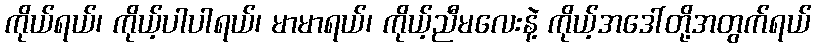
ကိုယ်ရယ်၊ ကိုယ့်ပါပါရယ်၊ မာမာရယ်၊ ကိုယ့်ညီမလေးနဲ့ ကိုယ့်အဒေါ်တို့အတွက်ရယ်